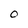
Character: O